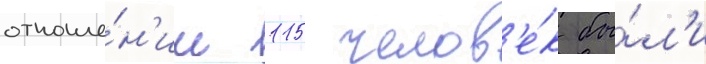
отноше́н'ии 115 челов'е́к бы́л'и